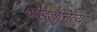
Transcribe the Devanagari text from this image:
षोडशनित्या